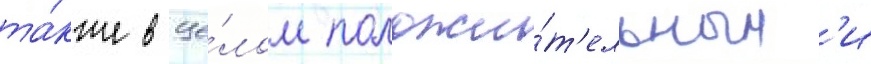
та́кже в це́лом положи́т'ельным'и